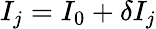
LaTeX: I_{j}=I_{0}+\delta I_{j}